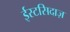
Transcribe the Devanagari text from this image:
ईस्टसिदाज़